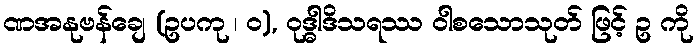
ဏအနုဗန်ချေ (ဥပကု ၊ ဝ), ဝုဒ္ဓါဒိသရဿ ဝါစသောသုတ် ဖြင့် ဥ ကို